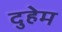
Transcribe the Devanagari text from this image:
दुहेम